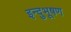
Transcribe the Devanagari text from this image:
इन्दुभूषण